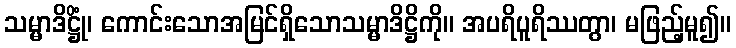
သမ္မာဒိဋ္ဌိုံ၊ ကောင်းသောအမြင်ရှိသောသမ္မာဒိဋ္ဌိကို။ အပရိပူရိဿတွာ၊ မဖြည့်မူ၍။